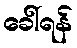
ခေါ်ရန်